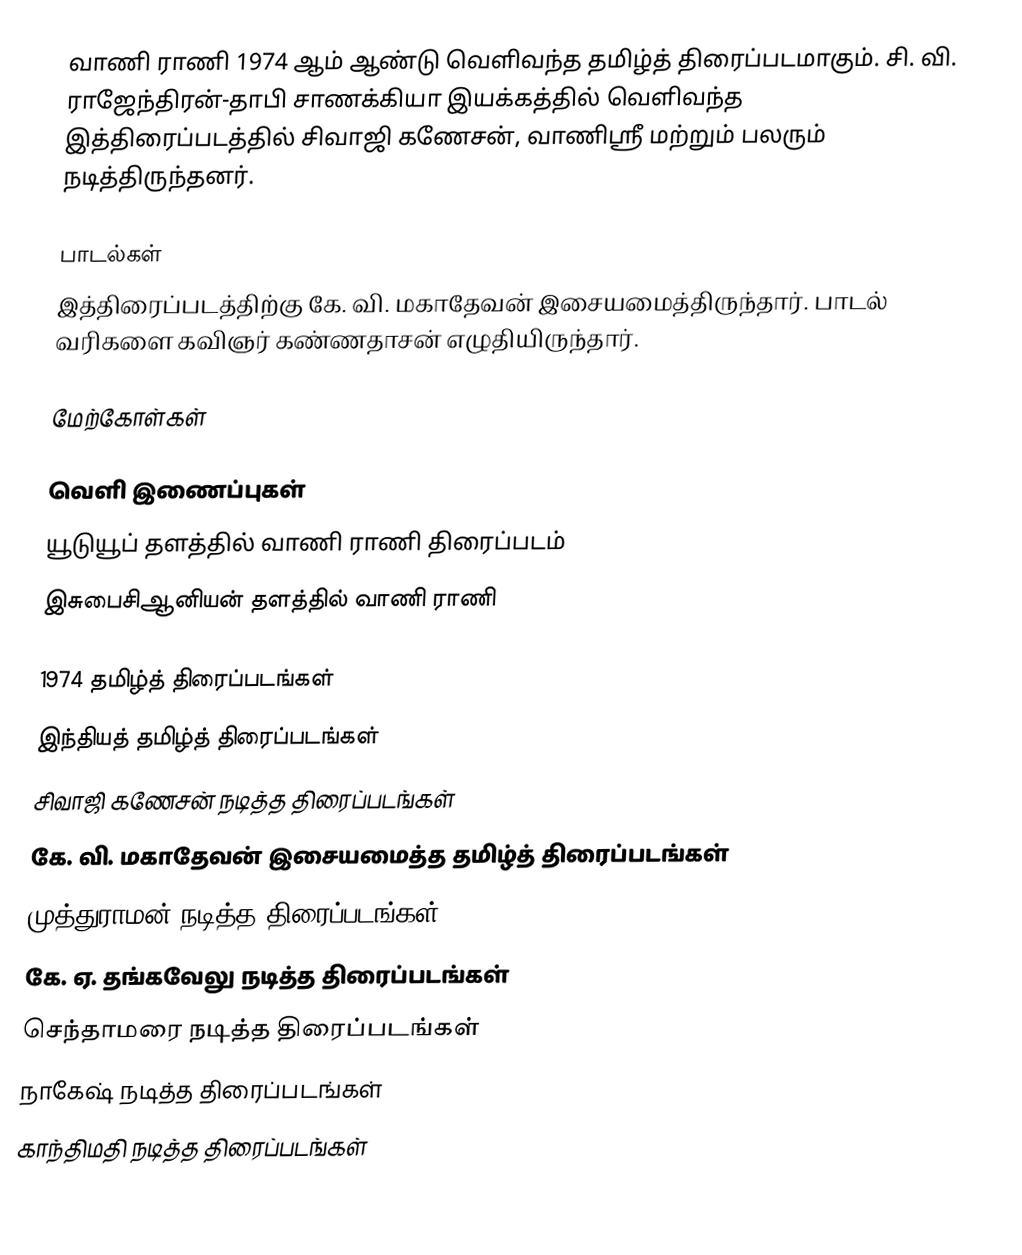
வாணி ராணி 1974 ஆம் ஆண்டு வெளிவந்த தமிழ்த் திரைப்படமாகும். சி. வி. ராஜேந்திரன்-தாபி சாணக்கியா இயக்கத்தில் வெளிவந்த இத்திரைப்படத்தில் சிவாஜி கணேசன், வாணிஸ்ரீ மற்றும் பலரும் நடித்திருந்தனர்.

பாடல்கள்
இத்திரைப்படத்திற்கு கே. வி. மகாதேவன் இசையமைத்திருந்தார். பாடல் வரிகளை கவிஞர் கண்ணதாசன் எழுதியிருந்தார்.

மேற்கோள்கள்

வெளி இணைப்புகள்
 யூடுயூப் தளத்தில் வாணி ராணி திரைப்படம்
 இசுபைசிஆனியன் தளத்தில் வாணி ராணி

1974 தமிழ்த் திரைப்படங்கள்
இந்தியத் தமிழ்த் திரைப்படங்கள்
சிவாஜி கணேசன் நடித்த திரைப்படங்கள்
கே. வி. மகாதேவன் இசையமைத்த தமிழ்த் திரைப்படங்கள்
முத்துராமன் நடித்த திரைப்படங்கள்
கே. ஏ. தங்கவேலு நடித்த திரைப்படங்கள்
செந்தாமரை நடித்த திரைப்படங்கள்
நாகேஷ் நடித்த திரைப்படங்கள்
காந்திமதி நடித்த திரைப்படங்கள்